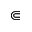
\Subset